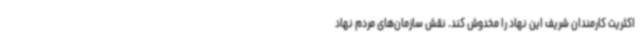
اکثریت کارمندان شریف این نهاد را مخدوش کند. نقش سازمان‌های مردم نهاد